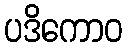
ပဒိကောဝ